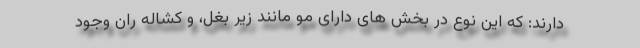
دارند: که این نوع در بخش های دارای مو مانند زیر بغل، و کشاله ران وجود